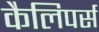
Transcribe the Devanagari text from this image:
कैलिपर्स